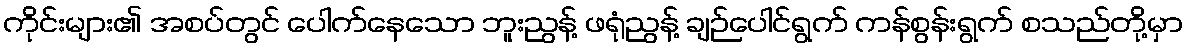
ကိုင်းများ၏ အစပ်တွင် ပေါက်နေသော ဘူးညွန့် ဖရုံညွန့် ချဉ်ပေါင်ရွက် ကန်စွန်းရွက် စသည်တို့မှာ